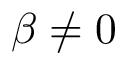
\beta \neq 0